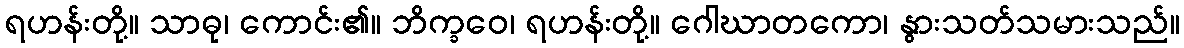
ရဟန်းတို့။ သာဓု၊ ကောင်း၏။ ဘိက္ခဝေ၊ ရဟန်းတို့။ ဂေါဃာတကော၊ နွားသတ်သမားသည်။